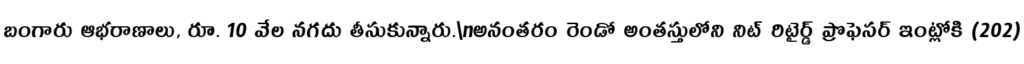
బంగారు ఆభరాణాలు, రూ. 10 వేల నగదు తీసుకున్నారు.\nఅనంతరం రెండో అంతస్తులోని నిట్ రిటైర్డ్ ప్రొఫెసర్ ఇంట్లోకి (202)